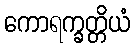
ကောရက္ခတ္တိယံ